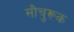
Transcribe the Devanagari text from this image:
सौचुरूक